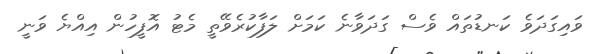
ވައިގަދަވެ ކަނޑުތައް ވެސް ގަދަވާނެ ކަމަށް ލަފާކުރެވޭތީ މެޓު އޮފީހުން އިއްޔެ ވަނީ